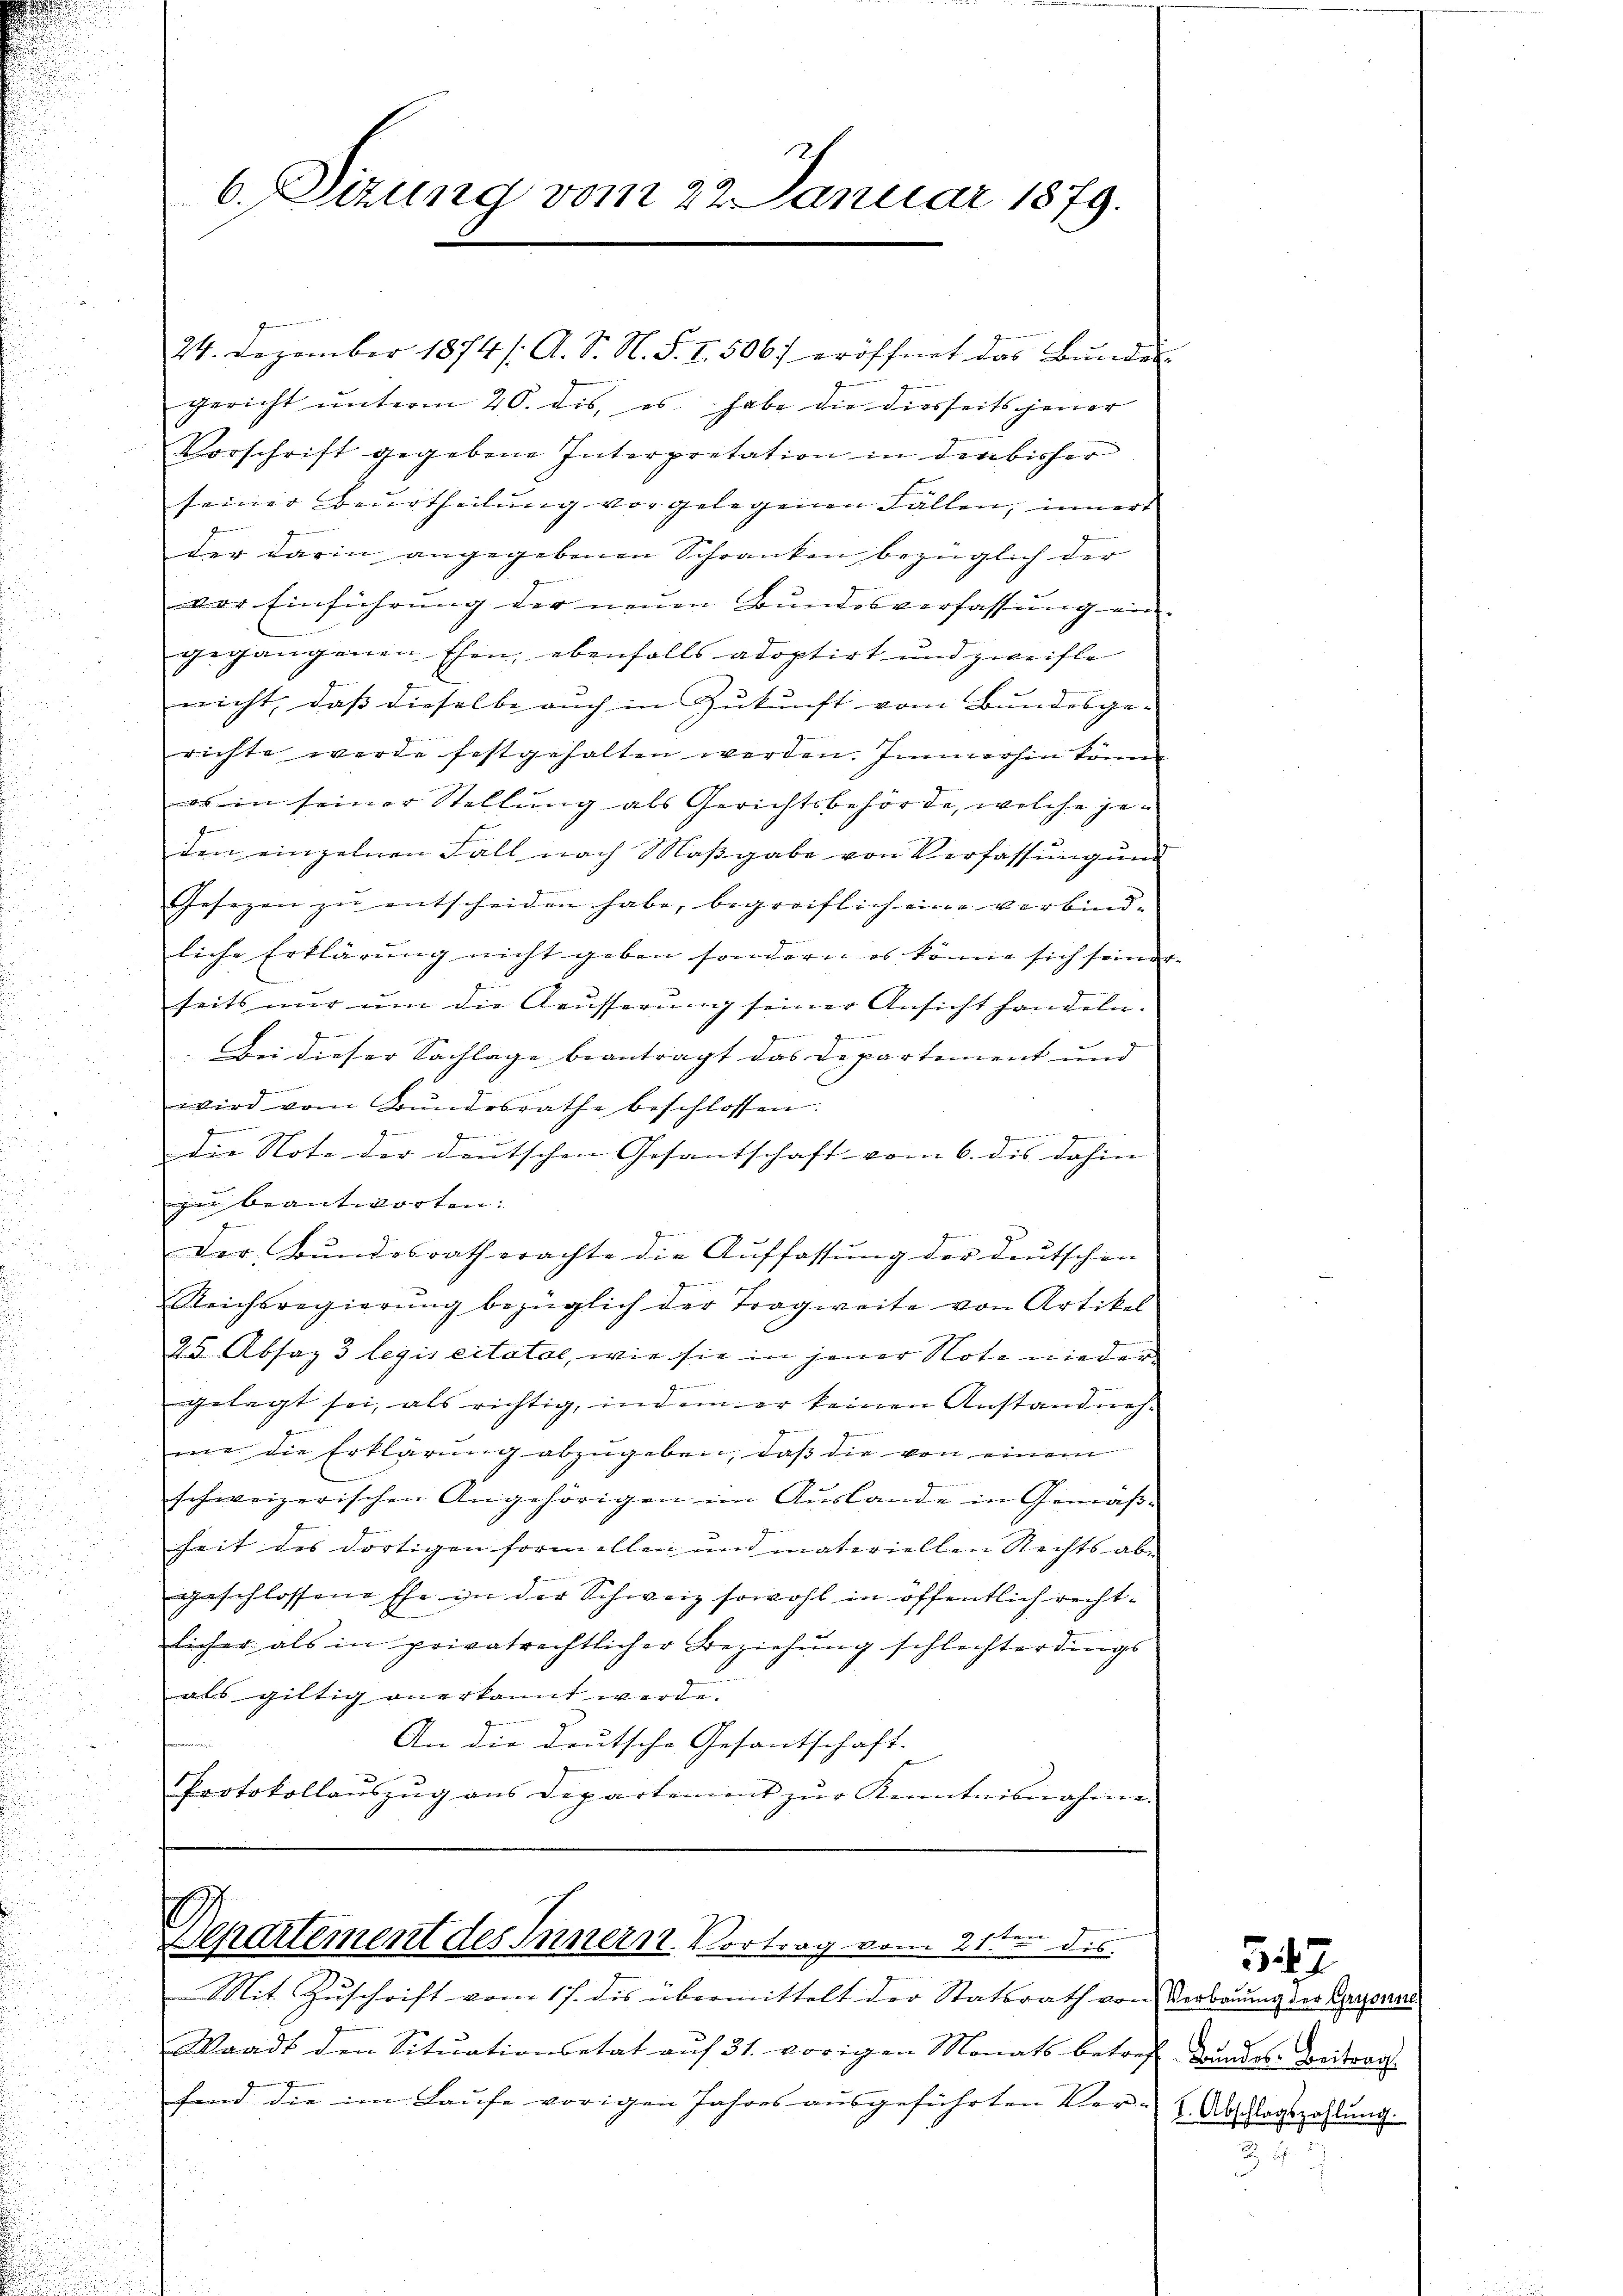
6. Sizung vom 22. Januar 1879.

gericht ŭnterm 20. dis, es habe die diesseits jener
Vorschrift gegebene Interpretation in der bisher
seiner Beurtheilung vorgelegenen Fallen, innert
J
der darin angegebenen Schranken bezüglich der
vor Einführŭng der neŭen Bŭndesverfassŭng ein-
gegangenen Ehen, ebenfalls adoptirt und zweifle
nicht, dass dieselbe auch in Zukunft vom Bundesge-
richte werde festgehalten werden. Immerhin könne
es in seiner Stellung als Gerichtsbehörde, welche jeden einzelnen Fall nach Maβgabe von Verfassung ung
Gesezen zu entscheiden habe, begreiflich eine verbindliche Erklärung nicht geben sondern es könne sich seiner
seits nur um die Aeusserung seiner Ansicht handeln.
gen
Bei dieser Sachlage beantragt das Departement und
g
wird vom Bundesrathe beschlossen:
z
u
s
die Note der deutschen Gesantschaft vom 6. des dahin |
zu beantworten:
der Bundesrath erachte die Auffassung der deutschen
Reichsregierŭng bezüglich der Tragweite von Artikel
25 Absaz 3 legis citatae, wie sie in jener Note nieder
gelegt sei, als richtig, indem er keinen Anstandneh-
me die Erklärung abzugeben, daß die von einem
schweizerischen Angehörigen im Auslande in Gemäßheit des dortigen formellen und materiellen Rechts abgeschlossene Ehe in der Schweiz sowohl in öffentlich rechtlicher als in privatrechtlicher Beziehung schlechterdings
als giltig anerkannt werd
An die deutsche Gesantschaft. |
Protokollaŭszŭg ans Departement zŭr Kenntnisnahme.

u
Mit Zuschrift vom 17. des übermittelt der Statsrath von Verbrung der Spanis
Waadt den Sitŭationsetat aŭf 31. vorigen Monats betreff Bundes- Beitrag
fend die im Laufe vorigen Jahres ausgeführten Ver-
d

24. Dezember 1874/. A. S. N. S. I. 506) eröffnet das Bundes-

Departement des Innern Vortrag vom 21ten dis

I. Abschlagszahlung.
3

547.